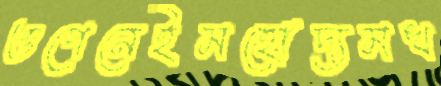
ওপেনেইমহোদ্যমখ